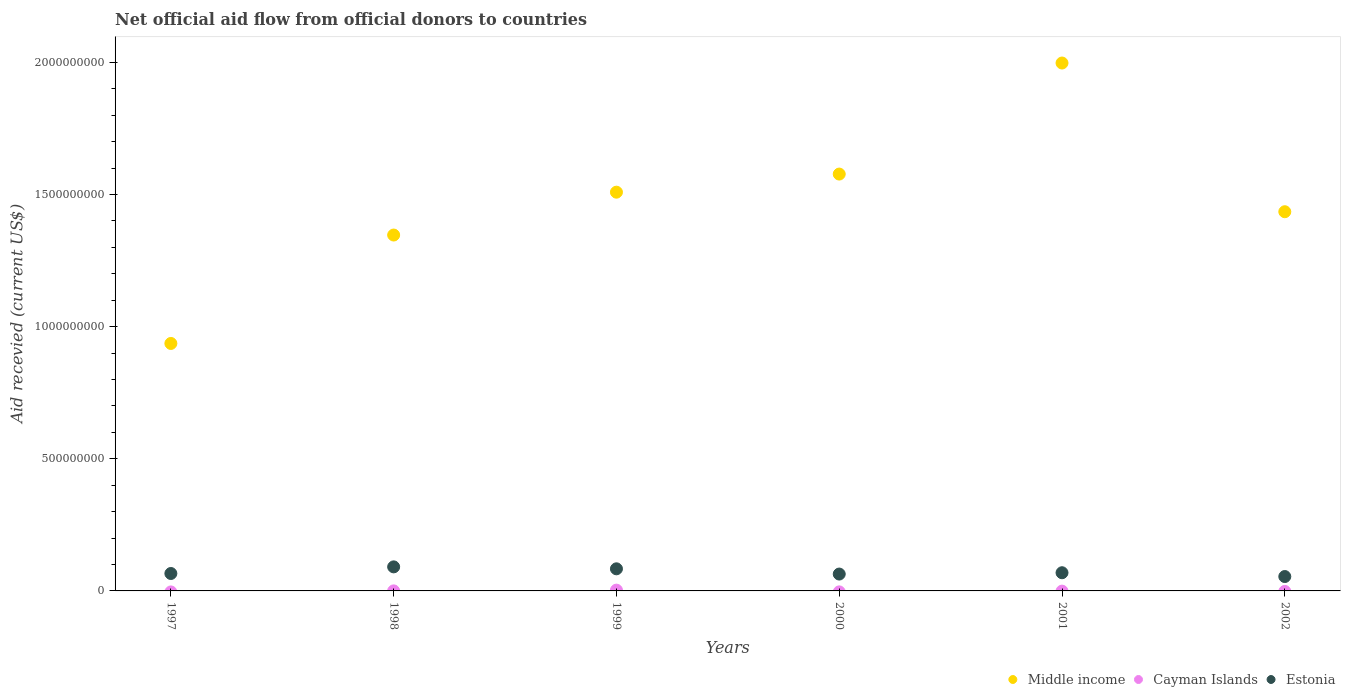
| Years | Middle income | Cayman Islands | Estonia |
 | --- | --- | --- | --- |
 | 1997 | 9.36e+08 | -3.8e+06 | 6.59e+07 |
 | 1998 | 1.35e+09 | 1.6e+05 | 9.1e+07 |
 | 1999 | 1.51e+09 | 3.01e+06 | 8.36e+07 |
 | 2000 | 1.58e+09 | -3.6e+06 | 6.38e+07 |
 | 2001 | 2e+09 | -7.8e+05 | 6.88e+07 |
 | 2002 | 1.43e+09 | -1.85e+06 | 5.44e+07 |